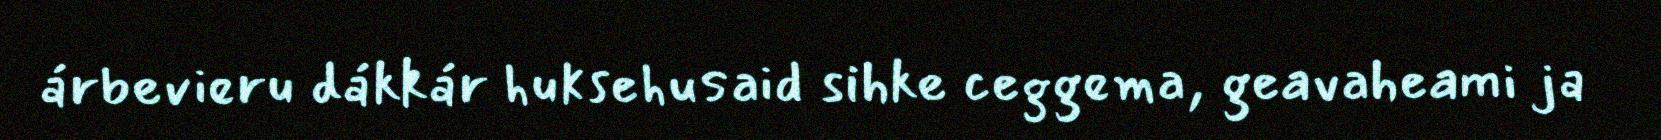
árbevieru dákkár huksehusaid sihke ceggema, geavaheami ja